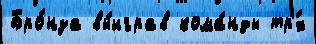
Бро́нза вы́играв кома́нды тр'́х